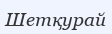
Шетқурай